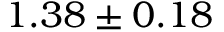
1 . 3 8 \pm 0 . 1 8